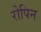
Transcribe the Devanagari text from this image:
रोपिन